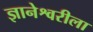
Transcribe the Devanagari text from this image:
ज्ञानेश्वरीला